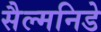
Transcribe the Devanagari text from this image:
सैल्मनिडे